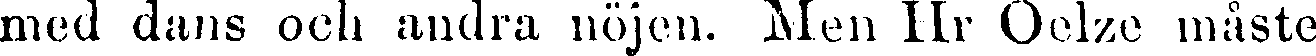
med dans och andra nöjen. Men Hr Oelze måste